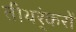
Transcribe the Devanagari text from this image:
तीथर्ंकरों